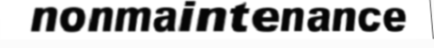
nonmaintenance